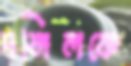
দলিলকে